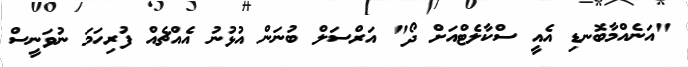
"އަނެއްމާބޮނޑި އެއީ ސްކާލެޓްއަށް ދޯ" އަރްސަލް ބުނަން އުޅުނު އެއްޗެއް ފުރިހަމަ ނުވަނީސް